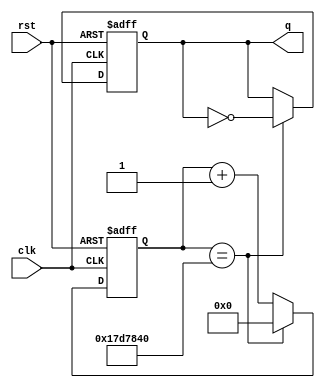
module clk_div(input clk,rst, output q);
	
	reg [24:0]q_reg,q_nxt;
	reg clk_div_reg,clk_div_nxt;

	//SECVENTIAL
	always@(posedge clk or negedge rst)
	begin
		if(rst == 0)
		begin
			q_reg <= 0;
			clk_div_reg <=0;
		end	
		else
		begin
			q_reg <= q_nxt;
			clk_div_reg <= clk_div_nxt;
		end
	end

	//COMBINATIONAL
	always@*
	begin
		q_nxt = q_reg+1;
		clk_div_nxt = clk_div_reg;
		if(q_reg == 25000000)
		begin
		q_nxt = 0;
		clk_div_nxt = ~clk_div_reg;
		end
	end
	
	assign q = clk_div_reg;


endmodule